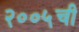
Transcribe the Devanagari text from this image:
२००५ची